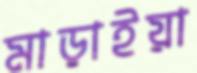
মাড়াইয়া